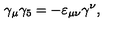
\gamma _ { \mu } \gamma _ { 5 } = - \varepsilon _ { \mu \nu } \gamma ^ { \nu } ,